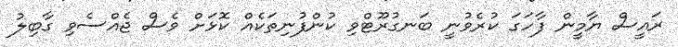
ރައީސް ޔާމީން ފާހަގަ ކުރެވުނީ ބަނގުރޫޓްވި ކުންފުނިތަކެއް ކޮޅަށް ވެސް ޖެއްސެވި ގާބިލު